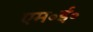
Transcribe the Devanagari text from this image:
एम॰ई॰